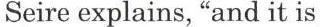
Seire explains, "and it is